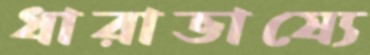
ধারাভাষ্যে